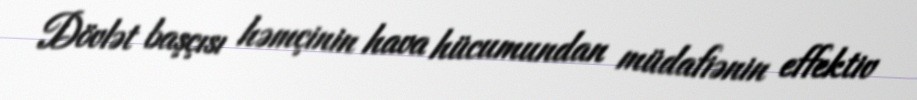
Dövlət başçısı həmçinin hava hücumundan müdafiənin effektiv